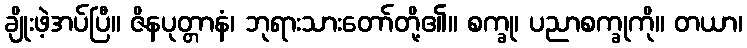
ချိုးဖဲ့အပ်ပြီ။ ဇိနပုတ္တာနံ၊ ဘုရားသားတော်တို့၏။ စက္ခု၊ ပညာစက္ခုကို။ တယာ၊